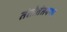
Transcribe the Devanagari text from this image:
तंतोतंतपणा